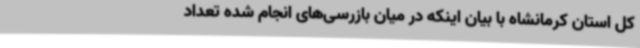
کل استان کرمانشاه با بیان اینکه در میان بازرسی‌های انجام شده تعداد